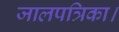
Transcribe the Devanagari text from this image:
जालपत्रिका।